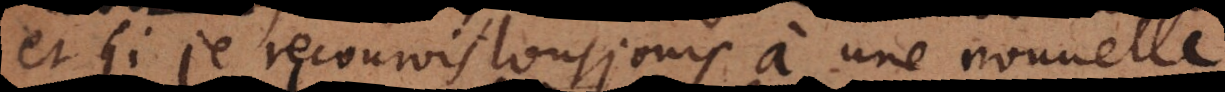
et si je recourois tousjours à une nouvelle